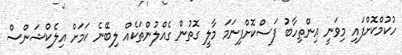
ހުކުމްކޮށްފައި މިވަނީ އިންތިހާބު ފަސްކޮށްފިނަމަ މާލީ ގޮތުން ގެއްލުންތަކެއް ލިބޭނެ ކަމަށް އިލެކްޝަންސް